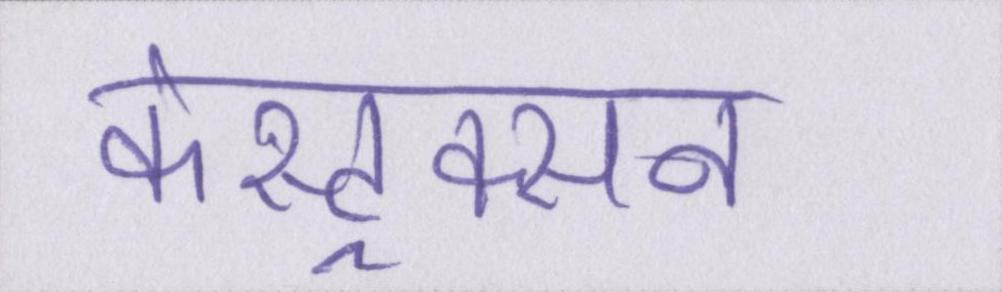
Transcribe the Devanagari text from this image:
कंस्ट्रक्सन